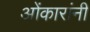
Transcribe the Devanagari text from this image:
ओंकारांनी